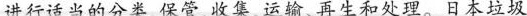
进行话当的分类、保管、收集、运输、再生和处理。日本垃圾